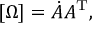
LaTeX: [ \Omega ] = { \dot { A } } A ^ { \mathrm { T } } ,